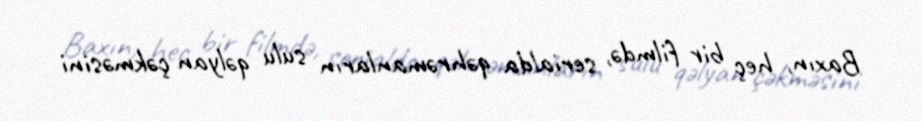
Baxın, heç bir filmdə, serialda qəhrəmanların sulu qəlyan çəkməsini